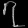
Digit: ၇